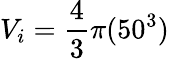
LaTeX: V_{i}=\frac{4}{3}\pi(50^{3})